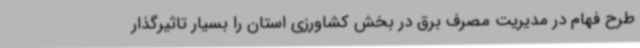
طرح فهام در مدیریت مصرف برق در بخش کشاورزی استان را بسیار تاثیرگذار